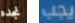
نجده يجب